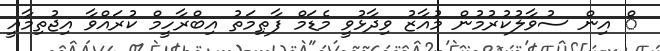
ް އިން ސުވާލުކުރުމުން މުއާޒު ވިދާޅުވީ މެޑަމް ފާޠިމަތު އިބްރާހީމް ކުރައްވާ އިޖުތިމާއީ